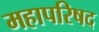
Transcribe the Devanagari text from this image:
महापरिषद